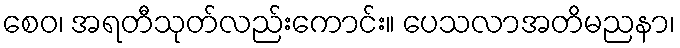
စေဝ၊ အရတီသုတ်လည်းကောင်း။ ပေသလာအတိမညနာ၊